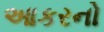
આકરનો